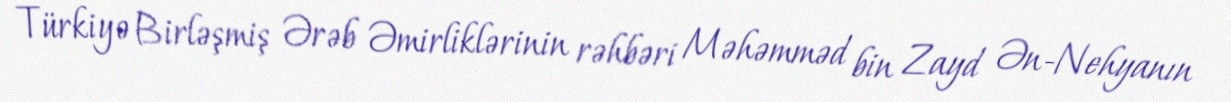
Türkiyə Birləşmiş Ərəb Əmirliklərinin rəhbəri Məhəmməd bin Zayd Ən-Nehyanın